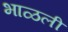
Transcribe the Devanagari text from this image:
भाळली